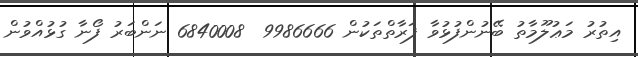
އިތުރު މަޢުލޫމާތު ބޭނުންފުޅުވާ ފަރާތްތަކުން 9986666  6840008 ނަންބަރު ފޯނާ ގުޅުއްވުން